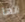
انها